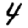
Digit: 4